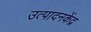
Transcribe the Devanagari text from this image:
उत्पादनकेंद्र